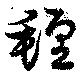
氈